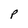
Character: P